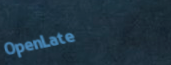
OpenLate